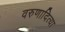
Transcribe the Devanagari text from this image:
वरुणादित्या